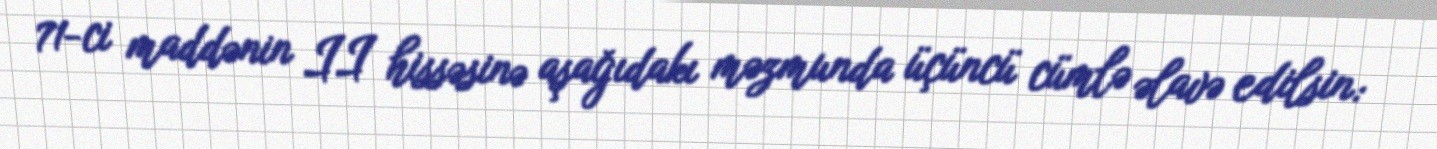
71-ci maddənin II hissəsinə aşağıdakı məzmunda üçüncü cümlə əlavə edilsin: